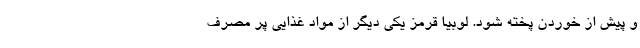
و پيش از خوردن پخته شود. لوبيا قرمز يكي ديگر از مواد غذايي پر مصرف